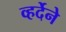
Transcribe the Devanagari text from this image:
व्हर्देने